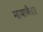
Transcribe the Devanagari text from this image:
मायाबँदर